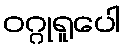
ဝဂ္ဂုရူပေါ